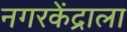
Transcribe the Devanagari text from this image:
नगरकेंद्राला